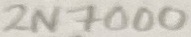
Text: 2N7000